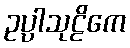
ဥပ္ပါသုဠိကေ